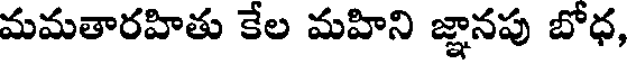
మమతారహితు కేల మహిని జ్ఞానపు బోధ,